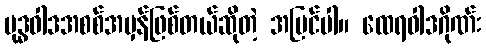
ဗုဒ္ဓဝါဒအစစ်အမှန်ဖြစ်တယ်ဆိုတဲ့ အမြင်ပါ။ ထေရဝါဒဂိုဏ်း